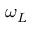
\omega _ { L }